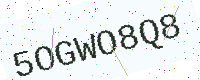
Text: 5OGWO8Q8